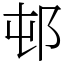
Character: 邨